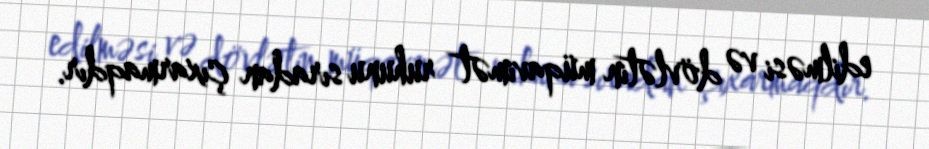
edilməsi və dövlətin müqavimət ruhunu sıradan çıxarmaqdır.